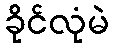
ခိုင်လုံမဲ